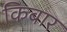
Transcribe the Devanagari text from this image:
किबार